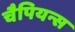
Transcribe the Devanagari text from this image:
चैपियन्स